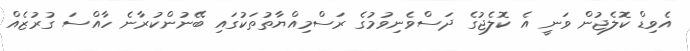
އެވިޑް ކޮލެޖުން ވަނީ އެ ކޮލެޖުގެ ދަސްވެނިވުމުގެ ރަސްމިއްޔާތުތަކުގައި ބޭނުންކުރާނެ ހާއްސަ ގުރުޒެއް